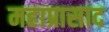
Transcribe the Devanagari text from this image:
महाप्रासाद